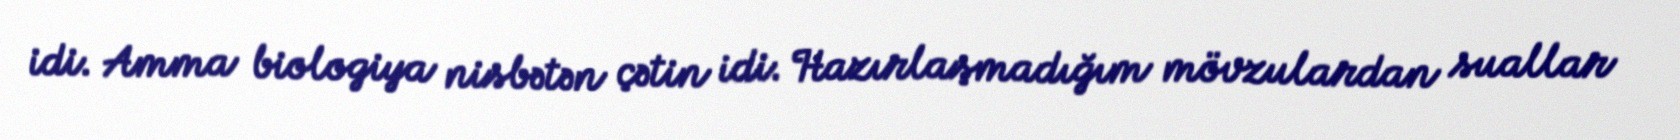
idi. Amma biologiya nisbətən çətin idi. Hazırlaşmadığım mövzulardan suallar